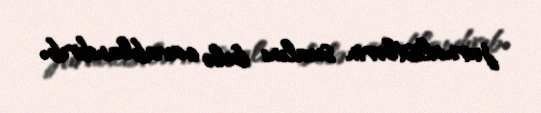
jurnalistlərin sualını belə cavablandırıb.